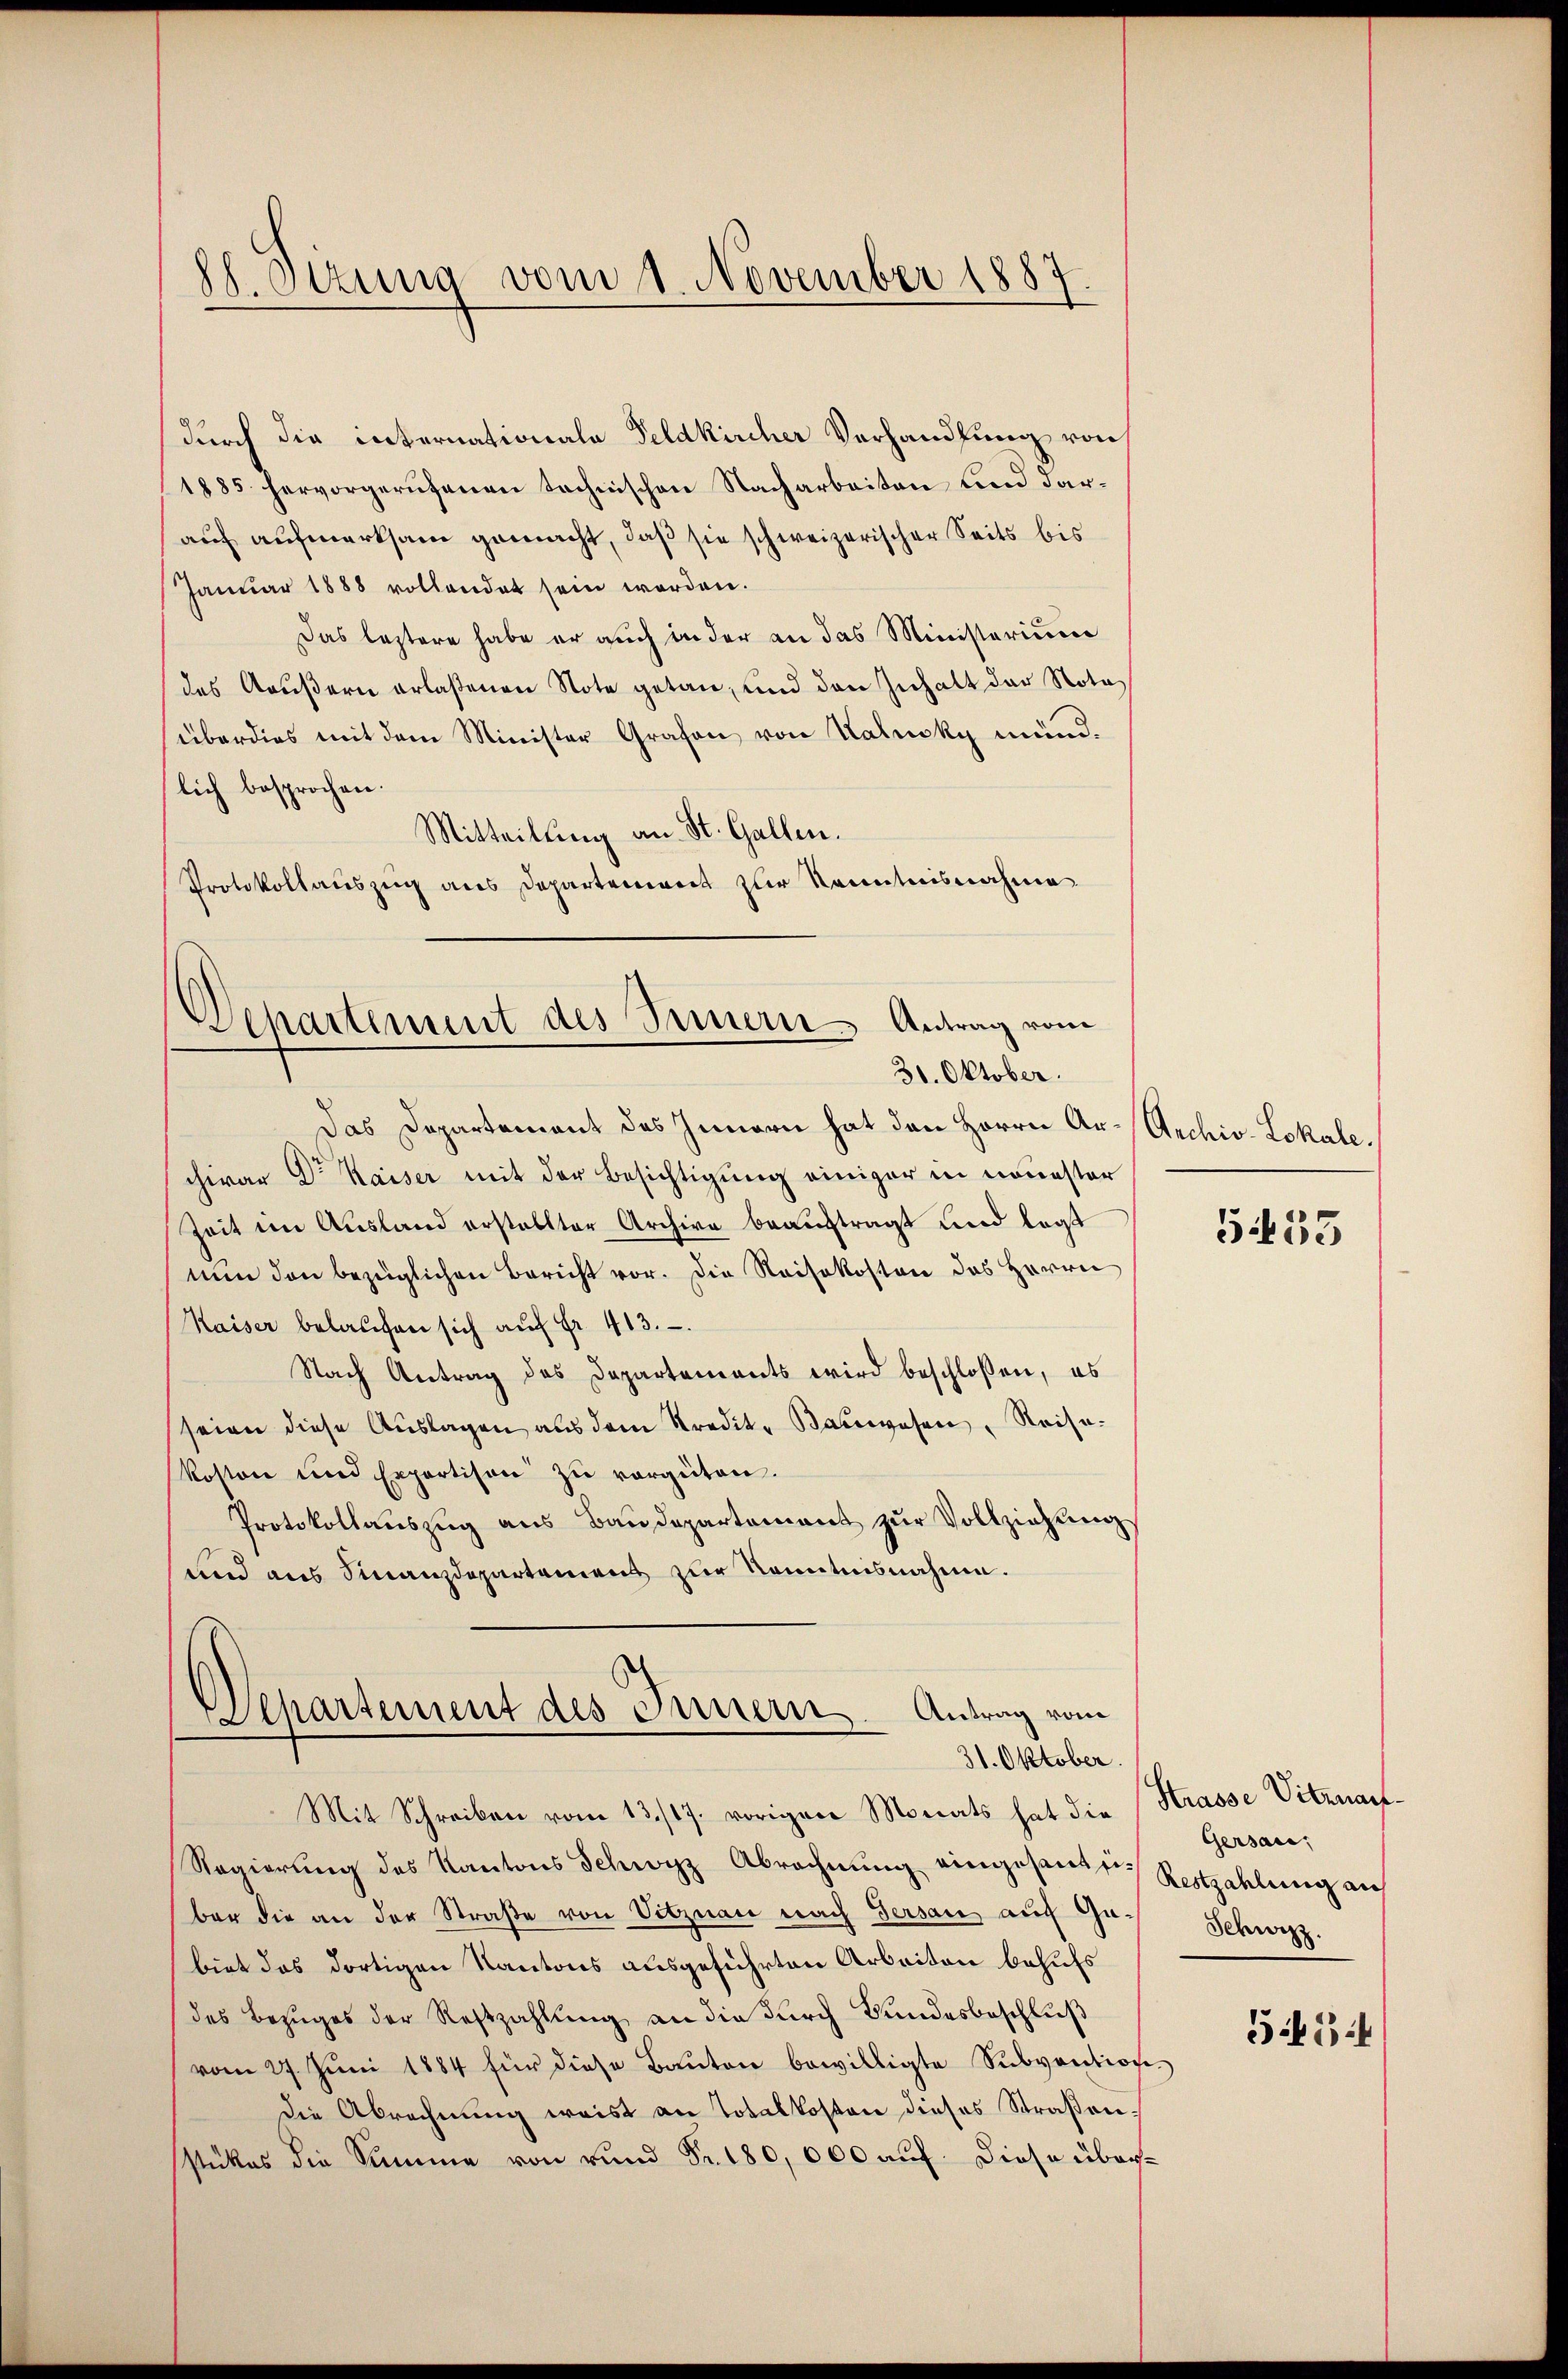
88. Ottung vom 1. November 1887.

durch die internationale Feldkircher Verhandlung von
1885 hervorgerufenen technischen Nacharbeiten und darauf aufmerksam gemacht, daß sie schweizerischer Seits bis
Januar 1888 vollendet sein worden.
Das leztere habe er auch in der an das Ministerium
des Aeußern erlaßenen Note getan, und den Inhalt der Notaüberdies mit dem Minister Grafen von Kalnsky mündlich besprochen.
Mitteilung an St. Gallen.
Protokollauszug aus Departement zur Kenntnisnahme

Departement des Innern Antrag vom
31. Oktober.

Das Departement des Innern hat den Herrn Ar-Archiv-Lokalechivar Dr Kaiser mit der Besichtigung einiger in nouester
Zeit im Ausland erstellter Archive beauftragt und legt
nun den bezüglichen Bericht vor. Die Reisekosten das Herrn
Kaiser belaufen sich aŭf Fr. 413.
Nach Antrag des Departements wird beschlossen, es
seien diese Aŭslagen aus dem Kredit. Baŭwesen, Reise-
kosten und Expertison zŭ vergüten.
Protokollauszug aus Baudepartement zur Vollziehung
und aus Finanzdepartement zur Kenntnisnahme.

Departement des Innern. Antrag vom
31. Oktober
Mit Schreiben vom 13./17. vorigen Monats hat die (Strasse Vitznauf¬

Regierung des Kantons Schwyz Abrechnung eingesandten Restzahlung auf
ber die an der Straße von Vitznau nach Gersau auf Gubiet das dortigen Kantons ausgeführten Arbeiten behufs
des Bezuges der Restzahlung an die durch Bundesbeschluß
vom 27. Juni 1884 für diese Bauten bewilligte Subvention
die Abrechnung weist an Totalkosten dieses Straßenstückes die Summe von rund Fr. 180,000 auf diese über¬

5455

Gersau,
Schwyz.

551